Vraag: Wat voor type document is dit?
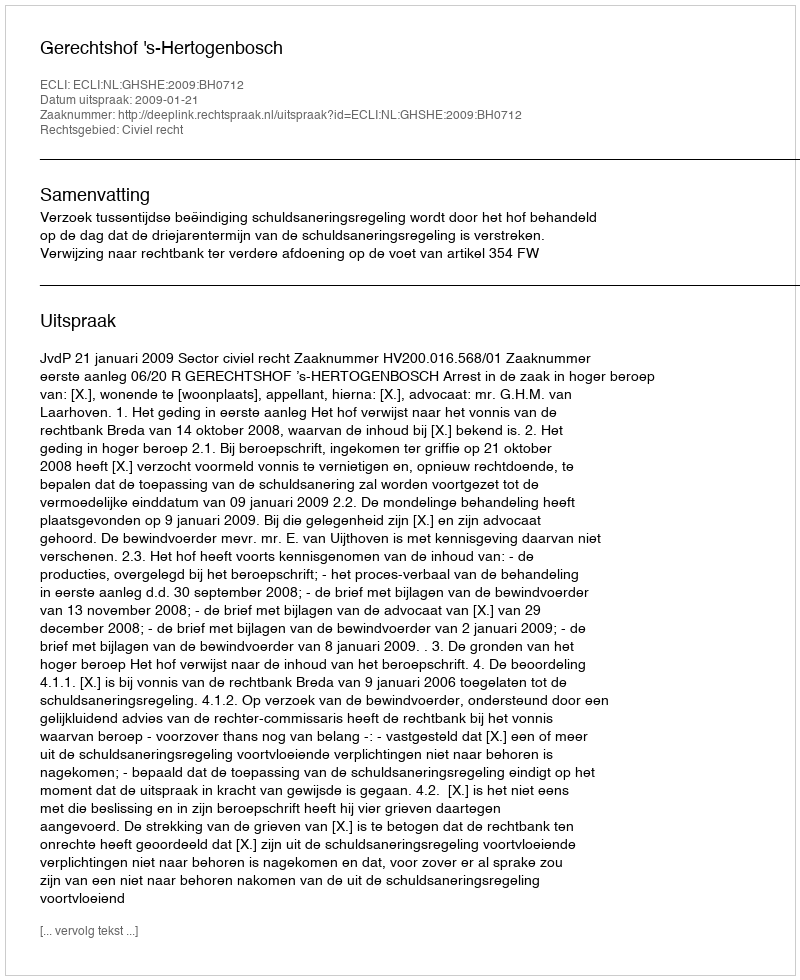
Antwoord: Uitspraak